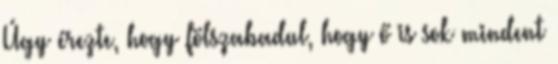
Úgy érezte, hogy fölszabadul, hogy ő is sok mindent